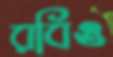
রবিও